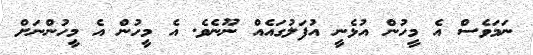
ނަމަވެސް އެ މީހުން އުޅެނީ އުފަލުގައެއް ނޫނެވެ. އެ މީހުން އެ މީހުންނަށް